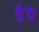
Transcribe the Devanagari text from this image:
डैवे